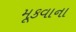
મૂકવાના